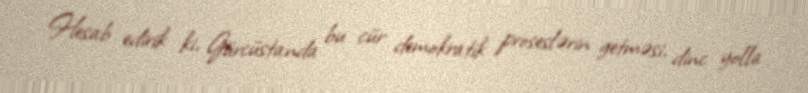
Hesab edirik ki, Gürcüstanda bu cür demokratik proseslərin getməsi, dinc yolla